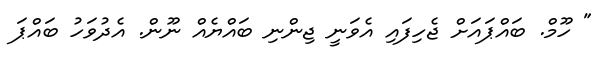
" ހޫމް. ބައްޕައަށް ޖެހިފައި އެވަނީ ޖިންނި ބައްޔެއް ނޫން. އެދުވަހު ބައްޕަ